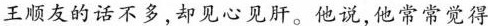
王顺友的话不多，却见心见肝。他说，他常常觉得